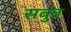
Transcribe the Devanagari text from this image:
सबुत